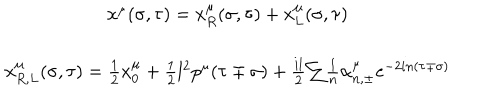
\begin{array} { c } { { x ^ { \mu } ( \sigma , \tau ) = x _ { R } ^ { \mu } ( \sigma , \tau ) + x _ { L } ^ { \mu } ( \sigma , \tau ) } } \\ { { x _ { R , L } ^ { \mu } ( \sigma , \tau ) = \frac 1 2 x _ { 0 } ^ { \mu } + \frac 1 2 l ^ { 2 } p ^ { \mu } ( \tau \mp \sigma ) + \frac { i l } 2 { \sum } \frac 1 n \alpha _ { n , \pm } ^ { \mu } e ^ { - 2 i n ( \tau \mp \sigma ) } } } \\ \end{array}